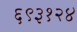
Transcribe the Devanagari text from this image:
६९३१२४